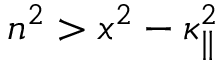
n ^ { 2 } > x ^ { 2 } - \kappa _ { \| } ^ { 2 }